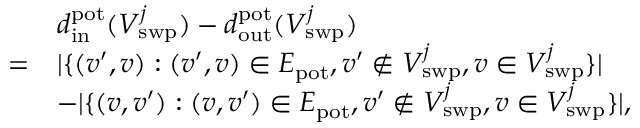
\begin{array} { r l } & { d _ { \mathrm { i n } } ^ { \mathrm { p o t } } ( V _ { \mathrm { s w p } } ^ { j } ) - d _ { \mathrm { o u t } } ^ { \mathrm { p o t } } ( V _ { \mathrm { s w p } } ^ { j } ) } \\ { = } & { | \{ ( v ^ { \prime } , v ) : ( v ^ { \prime } , v ) \in E _ { \mathrm { p o t } } , v ^ { \prime } \notin V _ { \mathrm { s w p } } ^ { j } , v \in V _ { \mathrm { s w p } } ^ { j } \} | } \\ & { - | \{ ( v , v ^ { \prime } ) : ( v , v ^ { \prime } ) \in E _ { \mathrm { p o t } } , v ^ { \prime } \notin V _ { \mathrm { s w p } } ^ { j } , v \in V _ { \mathrm { s w p } } ^ { j } \} | , } \end{array}